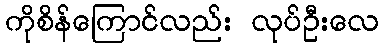
ကိုစိန်ကြောင်လည်း လုပ်ဦးလေ